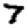
Digit: 7